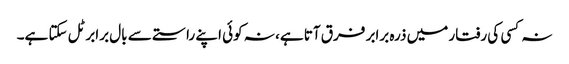
نہ کسی کی رفتار میں ذرہ برابر فرق آتا ہے، نہ کوئی اپنے راستے سے بال برابر ٹل سکتا ہے۔